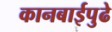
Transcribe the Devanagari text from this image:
कानबाईपुढे